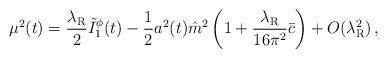
LaTeX: \begin{align*}\mu^2(t)=\frac{\lambda_{\rm R}}{2}\tilde{I}_1^{\phi}(t)-\frac{1}{2}a^2(t)\hat{m}^2\left(1+\frac{\lambda_{\rm R}}{16\pi^2}\bar{c}\right)+O(\lambda_{\rm R}^2)\,,\end{align*}